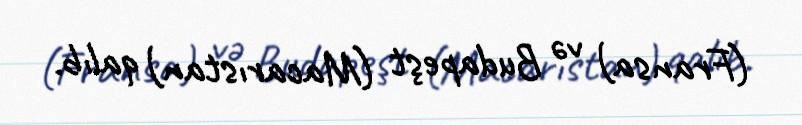
(Fransa) və Budapeşt (Macarıstan) qalıb.